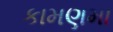
કામણમા